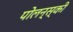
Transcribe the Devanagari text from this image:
पोलन्स्की